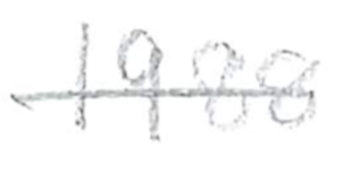
Text: 1988
Cross-out: single-line
Writing tool: pencil